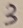
Text: 3